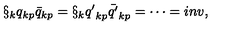
\S _ { k } { q } _ { k p } { \bar { q } } _ { k p } = \S _ { k } { q ^ { \prime } } _ { k p } { \bar { q ^ { \prime } } } _ { k p } = \cdots = i n v ,